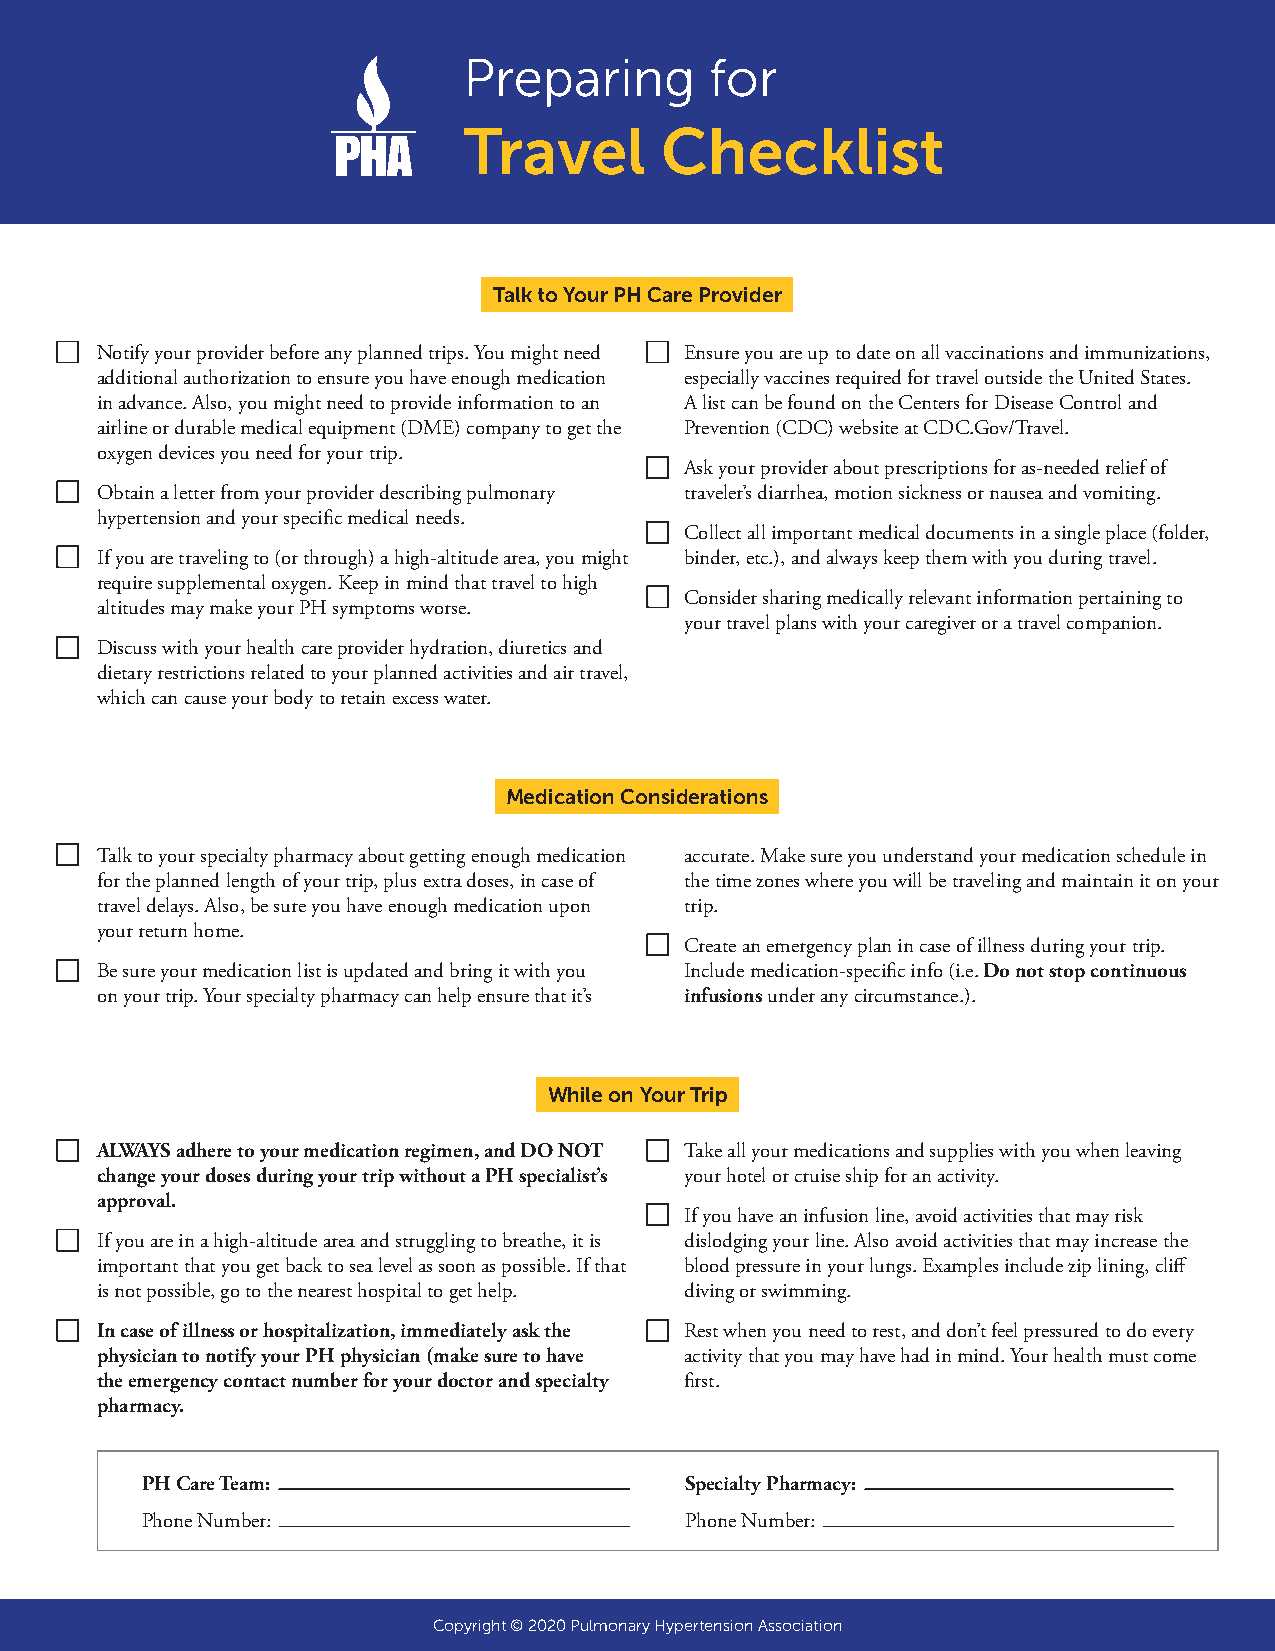
Preparing       for
 Travel       Checklist
 Talk to Your PH Care Provider
 Notify your provider before any planned trips. You might need Ensure you are up to date on all vaccinations and immunizations,
 additional authorization to ensure you have enough medication especially vaccines required for travel outside the United States.
 in advance. Also, you might need to provide information to an A list can be found on the Centers for Disease Control and
 airline or durable medical equipment (DME) company to get the Prevention (CDC) website at CDC.Gov/Travel.
 oxygen devices you need for your trip.
 Ask your provider about prescriptions for as-needed relief of
 Obtain a letter from your provider describing pulmonary traveler’s diarrhea, motion sickness or nausea and vomiting.
 hypertension and your specific medical needs.
 Collect all important medical documents in a single place (folder,
 If you are traveling to (or through) a high-altitude area, you might binder, etc.), and always keep them with you during travel.
 require supplemental oxygen. Keep in mind that travel to high
 Consider sharing medically relevant information pertaining to
 altitudes may make your PH symptoms worse.
 your travel plans with your caregiver or a travel companion.
 Discuss with your health care provider hydration, diuretics and
 dietary restrictions related to your planned activities and air travel,
 which can cause your body to retain excess water.
 Medication Considerations
 Talk to your specialty pharmacy about getting enough medication accurate. Make sure you understand your medication schedule in
 for the planned length of your trip, plus extra doses, in case of the time zones where you will be traveling and maintain it on your
 travel delays. Also, be sure you have enough medication upon trip.
 your return home.
 Create an emergency plan in case of illness during your trip.
 Be sure your medication list is updated and bring it with you Include medication-specific info (i.e. Do not stop continuous
 on your trip. Your specialty pharmacy can help ensure that it’s infusions under any circumstance.).
 While on Your Trip
 ALWAYS adhere to your medication regimen, and DO NOT Take all your medications and supplies with you when leaving
 change your doses during your trip without a PH specialist’s your hotel or cruise ship for an activity.
 approval.
 If you have an infusion line, avoid activities that may risk
 If you are in a high-altitude area and struggling to breathe, it is dislodging your line. Also avoid activities that may increase the
 important that you get back to sea level as soon as possible. If that blood pressure in your lungs. Examples include zip lining, cliff
 is not possible, go to the nearest hospital to get help. diving or swimming.
 In case of illness or hospitalization, immediately ask the Rest when you need to rest, and don’t feel pressured to do every
 physician to notify your PH physician (make sure to have activity that you may have had in mind. Your health must come
 the emergency contact number for your doctor and specialty first.
 pharmacy.
 PH Care Team:                       Specialty Pharmacy:
 Phone Number:                       Phone Number:
 Copyright © 2020 Pulmonary Hypertension Association